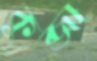
কুব্জা